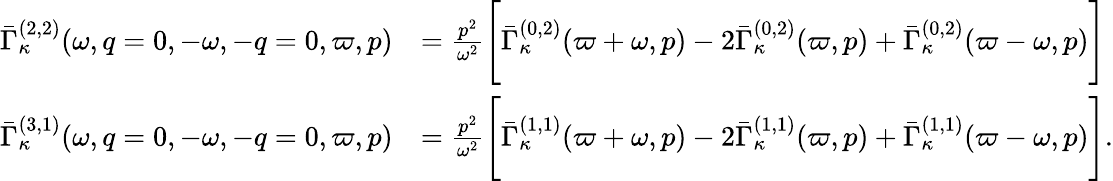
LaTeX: \begin{array}{rl}{\bar{\Gamma}_{\kappa}^{(2,2)}(\omega,q=0,-\omega,-q=0,\varpi,p)}&{=\frac{p^{2}}{\omega^{2}}\Bigg[\bar{\Gamma}_{\kappa}^{(0,2)}(\varpi+\omega,p)-2\bar{\Gamma}_{\kappa}^{(0,2)}(\varpi,p)+\bar{\Gamma}_{\kappa}^{(0,2)}(\varpi-\omega,p)\Bigg]}\\ {\bar{\Gamma}_{\kappa}^{(3,1)}(\omega,q=0,-\omega,-q=0,\varpi,p)}&{=\frac{p^{2}}{\omega^{2}}\Bigg[\bar{\Gamma}_{\kappa}^{(1,1)}(\varpi+\omega,p)-2\bar{\Gamma}_{\kappa}^{(1,1)}(\varpi,p)+\bar{\Gamma}_{\kappa}^{(1,1)}(\varpi-\omega,p)\Bigg].}\end{array}